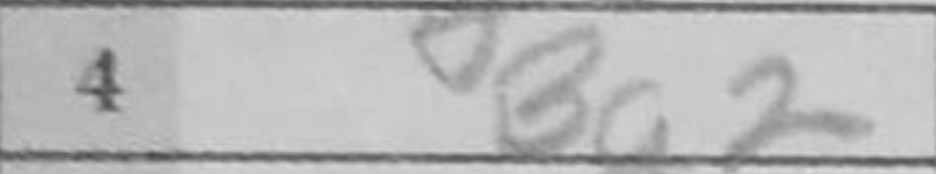
Transcription: Bg2